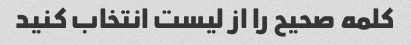
کلمه صحیح را از لیست انتخاب کنید